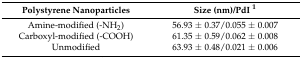
<table><thead><tr><td><b>Polystyrene Nanoparticles</b></td><td><b>Size (nm)/PdI <sup>1</sup></b></td></tr></thead><tbody><tr><td>Amine-modified (-NH<sub>2</sub>)</td><td>56.93 ± 0.37/0.055 ± 0.007</td></tr><tr><td>Carboxyl-modified (-COOH)</td><td>61.35 ± 0.59/0.062 ± 0.008</td></tr><tr><td>Unmodified</td><td>63.93 ± 0.48/0.021 ± 0.006</td></tr></tbody></table>